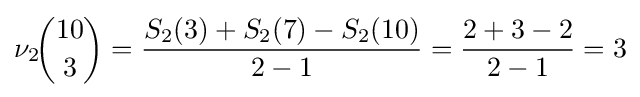
\nu _{2}\!{\binom {10}{3}}={\dfrac {S_{2}(3)+S_{2}(7)-S_{2}(10)}{2-1}}={\dfrac {2+3-2}{2-1}}=3